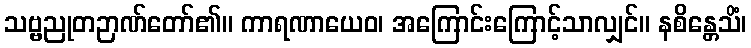
သဗ္ဗညုတဉာဏ်တော်၏။ ကာရဏာယေဝ၊ အကြောင်းကြောင့်သာလျှင်။ နစိန္တေသိံ၊